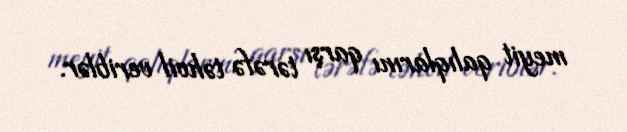
meyit qalıqlarını qarşı tərəfə təhvil veriblər.